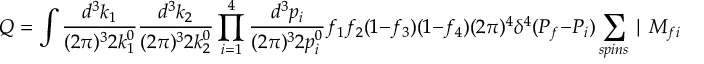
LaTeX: Q = \int { \frac { d ^ { 3 } k _ { 1 } } { ( 2 \pi ) ^ { 3 } 2 k _ { 1 } ^ { 0 } } } { \frac { d ^ { 3 } k _ { 2 } } { ( 2 \pi ) ^ { 3 } 2 k _ { 2 } ^ { 0 } } } \prod _ { i = 1 } ^ { 4 } { \frac { d ^ { 3 } p _ { i } } { ( 2 \pi ) ^ { 3 } 2 p _ { i } ^ { 0 } } } f _ { 1 } f _ { 2 } ( 1 - f _ { 3 } ) ( 1 - f _ { 4 } ) ( 2 \pi ) ^ { 4 } \delta ^ { 4 } ( P _ { f } - P _ { i } ) \sum _ { s p i n s } \mid M _ { f i } \mid ^ { 2 } ( k _ { 1 } ^ { 0 } + k _ { 2 } ^ { 0 } )